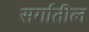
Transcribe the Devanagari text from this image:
सर्गातील